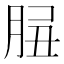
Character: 𦛑